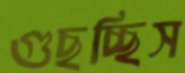
গুছচ্ছিস